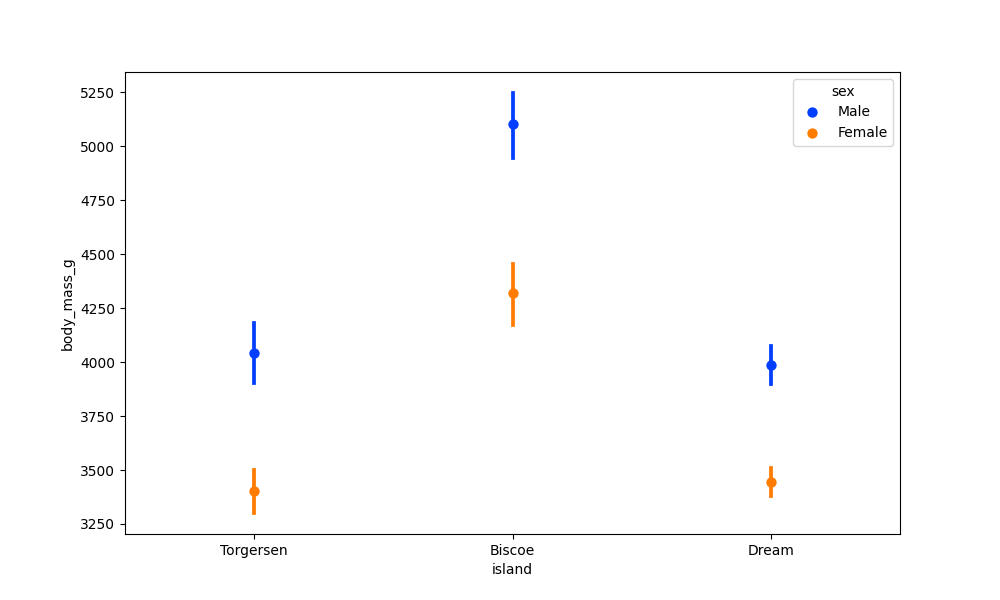
python, seaborn, pointplot, scale=1.0, join=False, hue='sex', palette='bright'